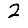
Digit: 2